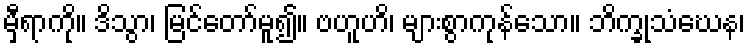
မှီရာကို။ ဒိသွာ၊ မြင်တော်မူ၍။ ဗဟူဟိ၊ များစွာကုန်သော။ ဘိက္ခုသံဃေန၊